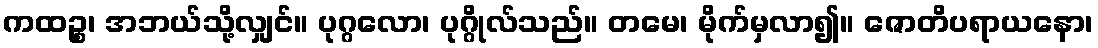
ကထဉ္စ၊ အဘယ်သို့လျှင်။ ပုဂ္ဂလော၊ ပုဂ္ဂိုလ်သည်။ တမေ၊ မိုက်မှလာ၍။ ဇောတိပရာယနော၊